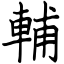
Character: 輔